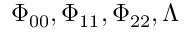
\Phi _ { 0 0 } , \Phi _ { 1 1 } , \Phi _ { 2 2 } , \Lambda